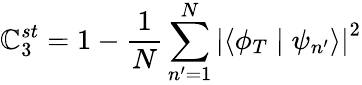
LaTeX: \mathbb{C}_{3}^{st}=1-\frac{{1}}{{N}}\sum_{n^{\prime}=1}^{N}\left|\left\langle\phi_{T}\mid\psi_{n^{\prime}}\right\rangle\right|^{2}